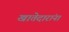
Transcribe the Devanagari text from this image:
खातेदारांना